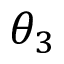
\theta _ { 3 }